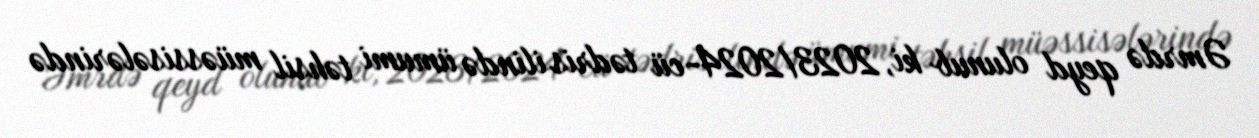
Əmrdə qeyd olunub ki, 2023/2024-cü tədris ilində ümumi təhsil müəssisələrində